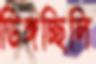
ডিঙ্গচ্ছিলি